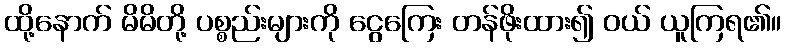
ထို့နောက် မိမိတို့ ပစ္စည်းများကို ငွေကြေး တန်ဖိုးထား၍ ဝယ် ယူကြရ၏။